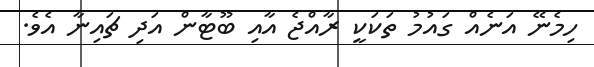
ހިމެނޭ އަނެއް ގައުމު ތަކަކީ ރާއްޖެ އާއި ބޫޓާން އަދި ޗައިނާ އެވެ.